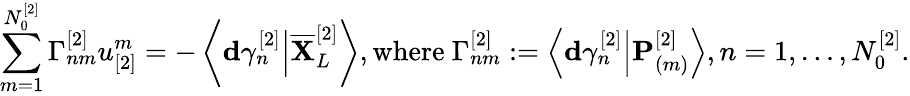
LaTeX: \sum_{m=1}^{N_{0}^{[2]}}\Gamma_{nm}^{[2]}u_{[2]}^{m}=-\left\langle\mathbf{d}\gamma_{n}^{[2]}\Big\vert\overline{{\mathbf{X}}}_{L}^{[2]}\right\rangle,\mathrm{where~}\Gamma_{nm}^{[2]}:=\left\langle\mathbf{d}\gamma_{n}^{[2]}\Big\vert\mathbf{P}_{(m)}^{[2]}\right\rangle,n=1,\dots,N_{0}^{[2]}.